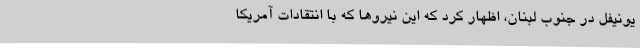
یونیفل در جنوب لبنان، اظهار کرد که این نیروها که با انتقادات آمریکا